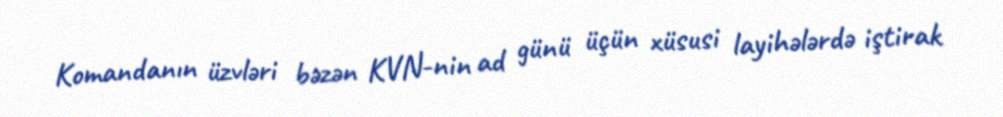
Komandanın üzvləri bəzən KVN-nin ad günü üçün xüsusi layihələrdə iştirak